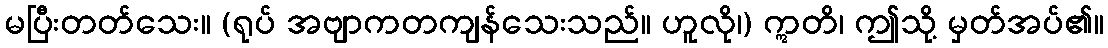
မပြီးတတ်သေး။ (ရုပ် အဗျာကတကျန်သေးသည်။ ဟူလို၊) ဣတိ၊ ဤသို့ မှတ်အပ်၏။